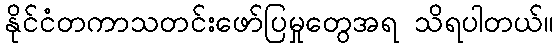
နိုင်ငံတကာသတင်းဖော်ပြမှုတွေအရ သိရပါတယ်။